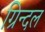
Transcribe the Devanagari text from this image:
ग्रिन्दल